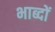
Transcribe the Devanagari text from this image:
भाब्दों